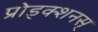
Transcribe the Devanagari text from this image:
प्रोड्क्शनस्